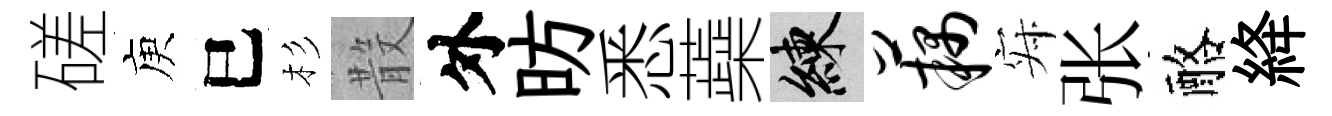
磋庾巳杉𣪚外昉悉蘃練藕寂张酪絳